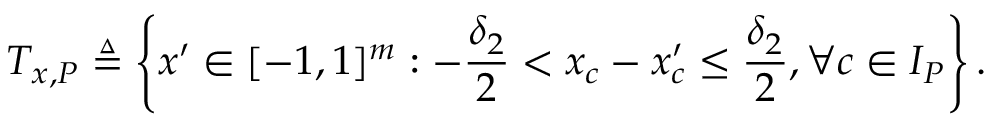
T _ { x , P } \triangleq \left\{ x ^ { \prime } \in [ - 1 , 1 ] ^ { m } : - \frac { \delta _ { 2 } } { 2 } < x _ { c } - x _ { c } ^ { \prime } \leq \frac { \delta _ { 2 } } { 2 } , \forall c \in I _ { P } \right\} .